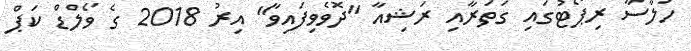
ހުލާސާ ރިޕޯޓުގައި ގަތަރާއި ރަޝިއާ "ދޮވެވިފައިވާ" އިރު 2018 ގެ ވޯލްޑް ކަޕް